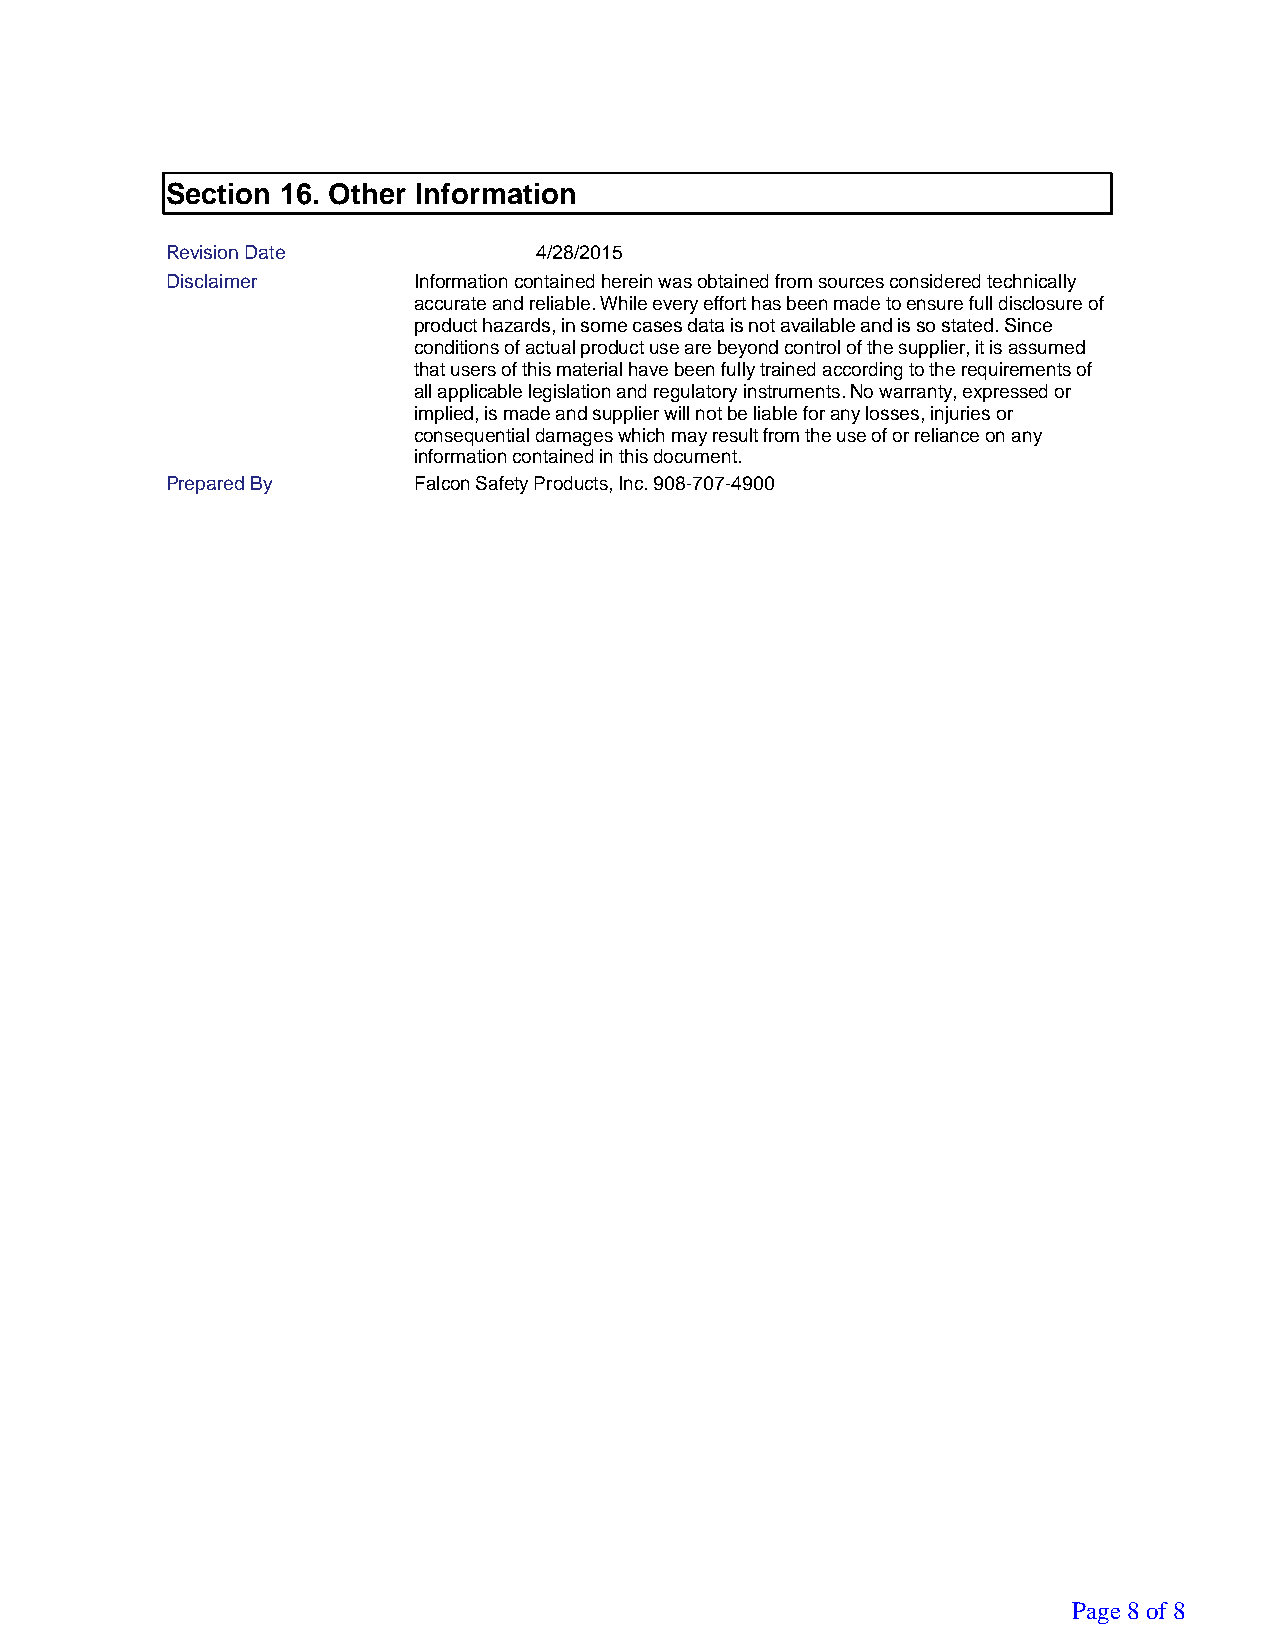
Section 16. Other Information
 Revision Date            4/28/2015
 Disclaimer      Information contained herein was obtained from sources considered technically
 accurate and reliable. While every effort has been made to ensure full disclosure of
 product hazards, in some cases data is not available and is so stated. Since
 conditions of actual product use are beyond control of the supplier, it is assumed
 that users of this material have been fully trained according to the requirements of
 all applicable legislation and regulatory instruments. No warranty, expressed or
 implied, is made and supplier will not be liable for any losses, injuries or
 consequential damages which may result from the use of or reliance on any
 information contained in this document.
 Prepared By     Falcon Safety Products, Inc. 908-707-4900
 Page 8 of 8